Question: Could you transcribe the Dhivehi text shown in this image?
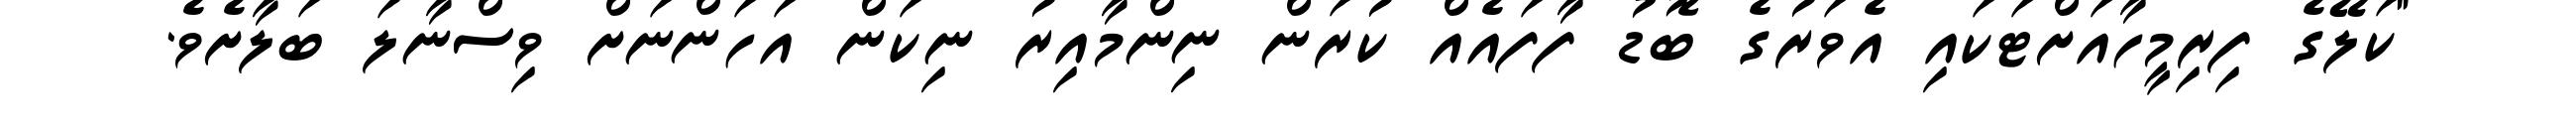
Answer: "ކަލޭގެ ފިރިމީހާއަށްޓަކައި އެވަރުގެ ބޮޑު ފާފައެއް ކުރަން ނިންމާއިރު ނިކަން އަހަންނަށް ވިސްނާލަ ބަލާށެވެ.